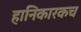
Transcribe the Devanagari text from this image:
हानिकारकच